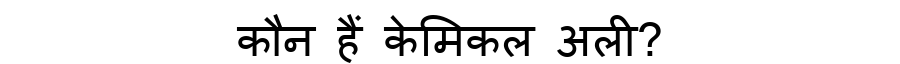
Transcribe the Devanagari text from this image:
कौन हैं केमिकल अली?